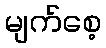
မျက်စေ့